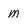
Character: M